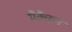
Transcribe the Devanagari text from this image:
मैक्कैन